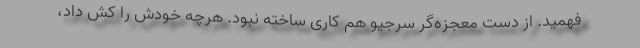
فهمید. از دست معجزه‌گر سرجیو هم کاری ساخته نبود. هرچه خودش را کش داد،